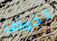
لخوض